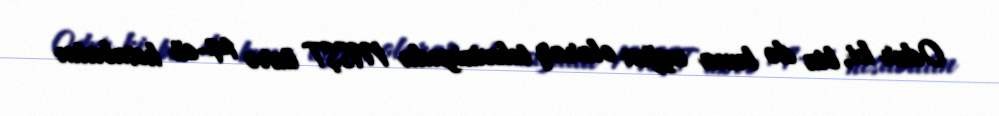
Odur ki, biz də buna uyğun olaraq televiziyada MSŞT üzrə 14-cü hesabatın